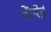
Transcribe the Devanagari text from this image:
वेंगरेई